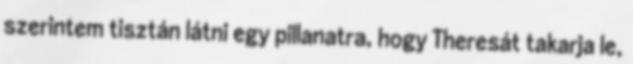
szerintem tisztán látni egy pillanatra, hogy Theresát takarja le,